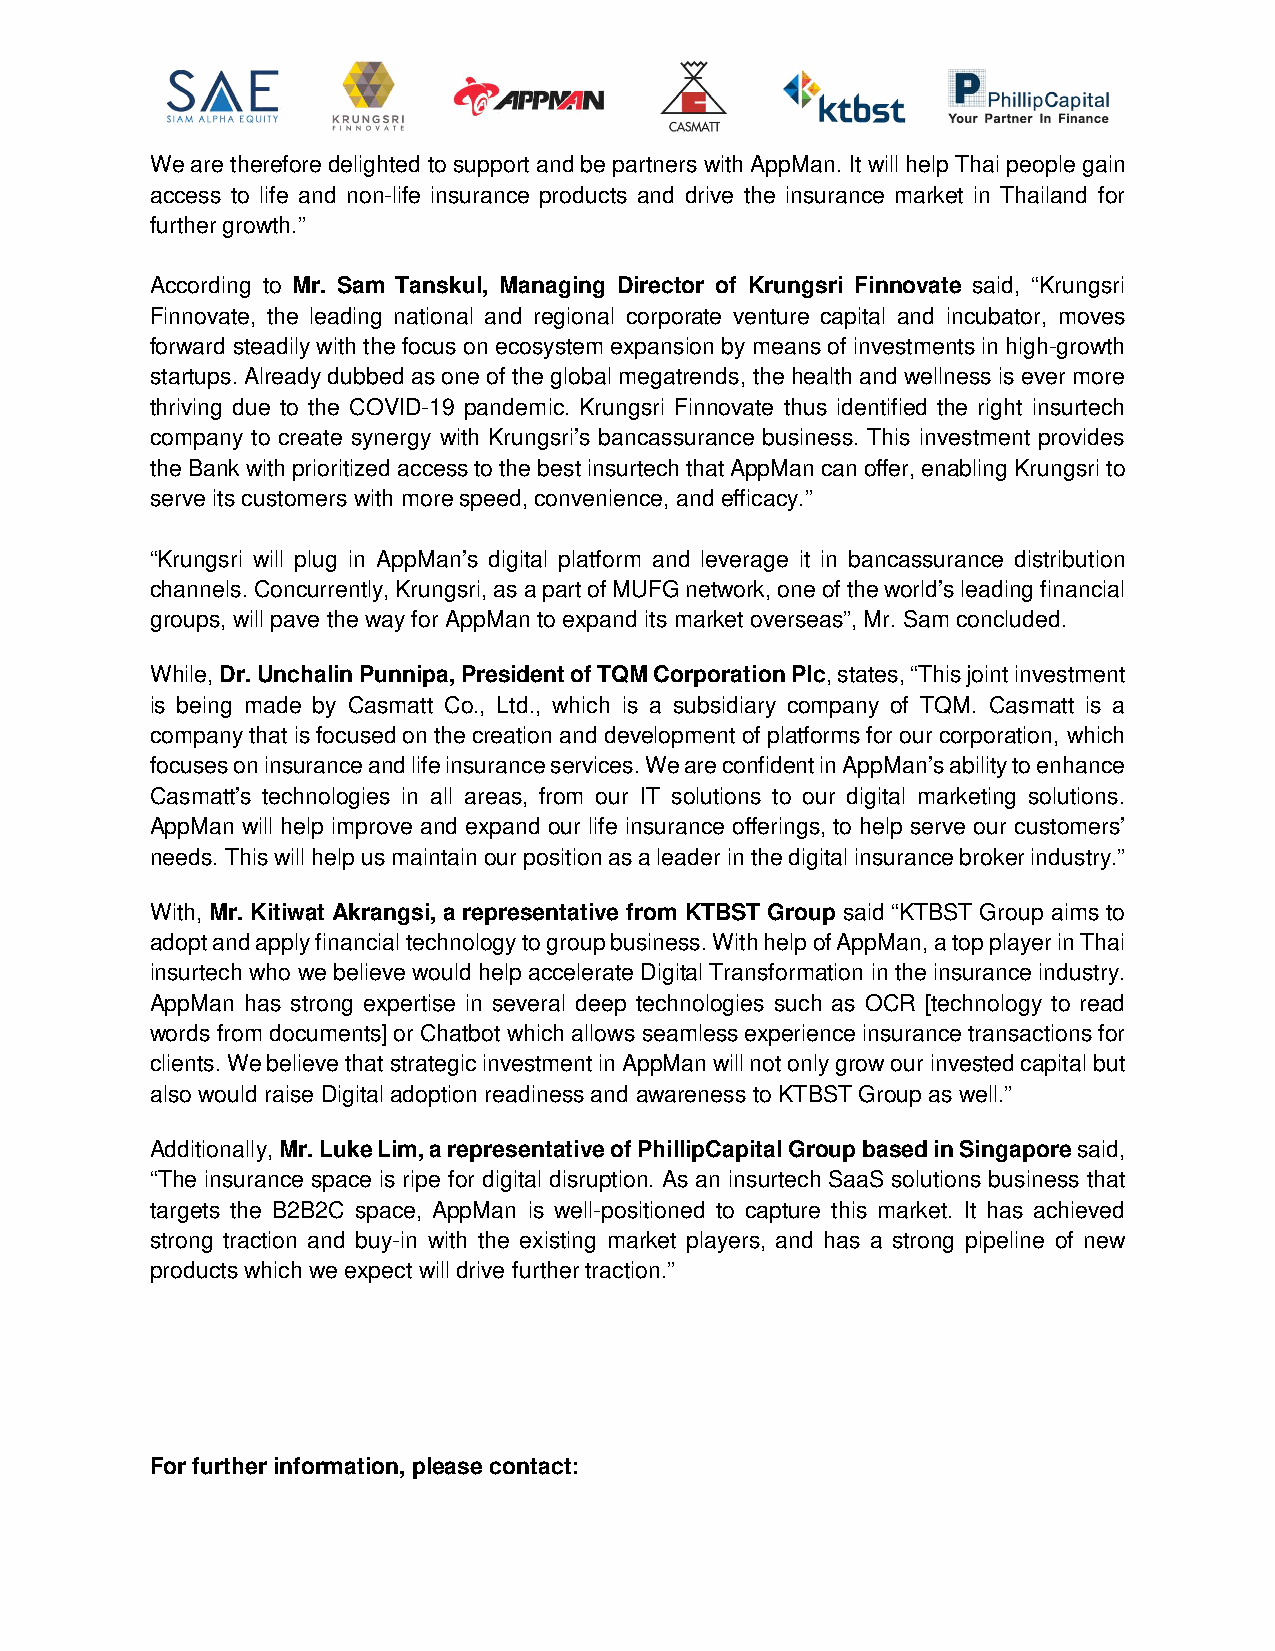
We are therefore delighted to support and be partners with AppMan. It will help Thai people gain
 access to life and non-life insurance products and drive the insurance market in Thailand for
 further growth.”
 According to Mr. Sam Tanskul, Managing Director of Krungsri Finnovate said, “Krungsri
 Finnovate, the leading national and regional corporate venture capital and incubator, moves
 forward steadily with the focus on ecosystem expansion by means of investments in high-growth
 startups. Already dubbed as one of the global megatrends, the health and wellness is ever more
 thriving due to the COVID-19 pandemic. Krungsri Finnovate thus identified the right insurtech
 company to create synergy with Krungsri’s bancassurance business. This investment provides
 the Bank with prioritized access to the best insurtech that AppMan can offer, enabling Krungsri to
 serve its customers with more speed, convenience, and efficacy.”
 “Krungsri will plug in AppMan’s digital platform and leverage it in bancassurance distribution
 channels. Concurrently, Krungsri, as a part of MUFG network, one of the world’s leading financial
 groups, will pave the way for AppMan to expand its market overseas”, Mr. Sam concluded.
 While, Dr. Unchalin Punnipa, President of TQM Corporation Plc, states, “This joint investment
 is being made by Casmatt Co., Ltd., which is a subsidiary company of TQM. Casmatt is a
 company that is focused on the creation and development of platforms for our corporation, which
 focuses on insurance and life insurance services. We are confident in AppMan’s ability to enhance
 Casmatt’s technologies in all areas, from our IT solutions to our digital marketing solutions.
 AppMan will help improve and expand our life insurance offerings, to help serve our customers’
 needs. This will help us maintain our position as a leader in the digital insurance broker industry.”
 With, Mr. Kitiwat Akrangsi, a representative from KTBST Group said “KTBST Group aims to
 adopt and apply financial technology to group business. With help of AppMan, a top player in Thai
 insurtech who we believe would help accelerate Digital Transformation in the insurance industry.
 AppMan has strong expertise in several deep technologies such as OCR [technology to read
 words from documents] or Chatbot which allows seamless experience insurance transactions for
 clients. We believe that strategic investment in AppMan will not only grow our invested capital but
 also would raise Digital adoption readiness and awareness to KTBST Group as well.”
 Additionally, Mr. Luke Lim, a representative of PhillipCapital Group based in Singapore said,
 “The insurance space is ripe for digital disruption. As an insurtech SaaS solutions business that
 targets the B2B2C space, AppMan is well-positioned to capture this market. It has achieved
 strong traction and buy-in with the existing market players, and has a strong pipeline of new
 products which we expect will drive further traction.”
 For further information, please contact: